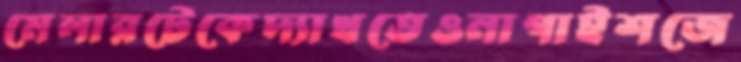
মেলারটেকেদ্যাখতেওনাগাইশজে